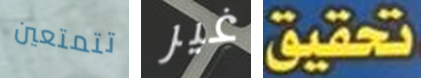
تتمتعين غير تحقيق